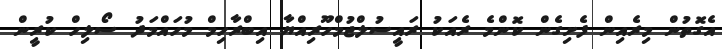
އެގޮތުން މިރެއިން ފެށިގެން ކޮންމެ ރެއަކު ރައީސުލްޖުމްހޫރިއްޔާ އިބްރާހިމް މުހައްމަދު ސޯލިހް ކުރީން